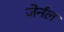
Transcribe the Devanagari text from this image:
जेर्नल